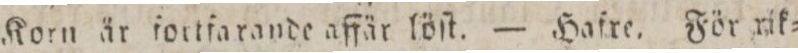
Korn är fortfarande affär löſt. — Hafre. För rik=